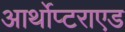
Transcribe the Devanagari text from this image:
आर्थोप्टराएड